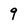
Character: 9